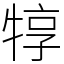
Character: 犉